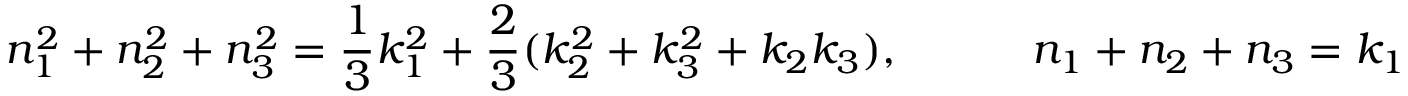
n _ { 1 } ^ { 2 } + n _ { 2 } ^ { 2 } + n _ { 3 } ^ { 2 } = { \frac { 1 } { 3 } } k _ { 1 } ^ { 2 } + { \frac { 2 } { 3 } } ( k _ { 2 } ^ { 2 } + k _ { 3 } ^ { 2 } + k _ { 2 } k _ { 3 } ) , \qquad \quad n _ { 1 } + n _ { 2 } + n _ { 3 } = k _ { 1 }